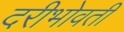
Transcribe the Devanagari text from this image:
दरीभोवती